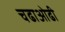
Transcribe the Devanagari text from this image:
चढाओढी